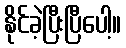
နိုင်ခဲ့ပြီးပြီပေါ့။